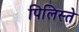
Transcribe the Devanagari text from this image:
पिलिस्ते